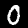
Label: 0